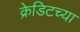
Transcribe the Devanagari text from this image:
क्रेडिटच्या